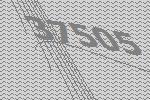
37505